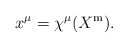
\begin{align*}x^\mu = \chi^\mu(X^{\mathrm{m}}).\end{align*}